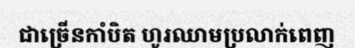
ជាច្រើនកាំបិត ហូរឈាមប្រលាក់ពេញ